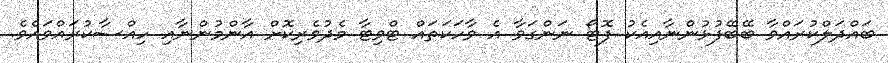
ބައްދަލްކުރައްވާ ބޭބޭފުޅުންނާއިއެކު ފޮޓޯ ނަންގަވާ އެ ވާހަކަތައް ޓްވިޓާ މެދުވެރިކޮށް އާންމުންނާއި ހިއްސާކުރައްވައެވެ.